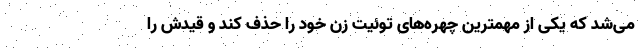
می‌شد که یکی از مهمترین چهره‌های توئیت زن خود را حذف کند و قیدش را